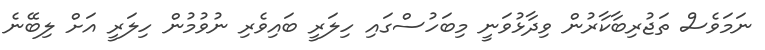
ނަމަވެސް ތަޖުރިބާކާރުން ވިދާޅުވަނީ މިބަހުސްގައި ހިލަރީ ބައިވެރި ނުވުމުން ހިލަރީ އަށް ލިބޭނެ